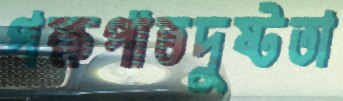
পক্ষপাতদুষ্টতা